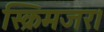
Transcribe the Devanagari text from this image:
स्क्रिमजर।